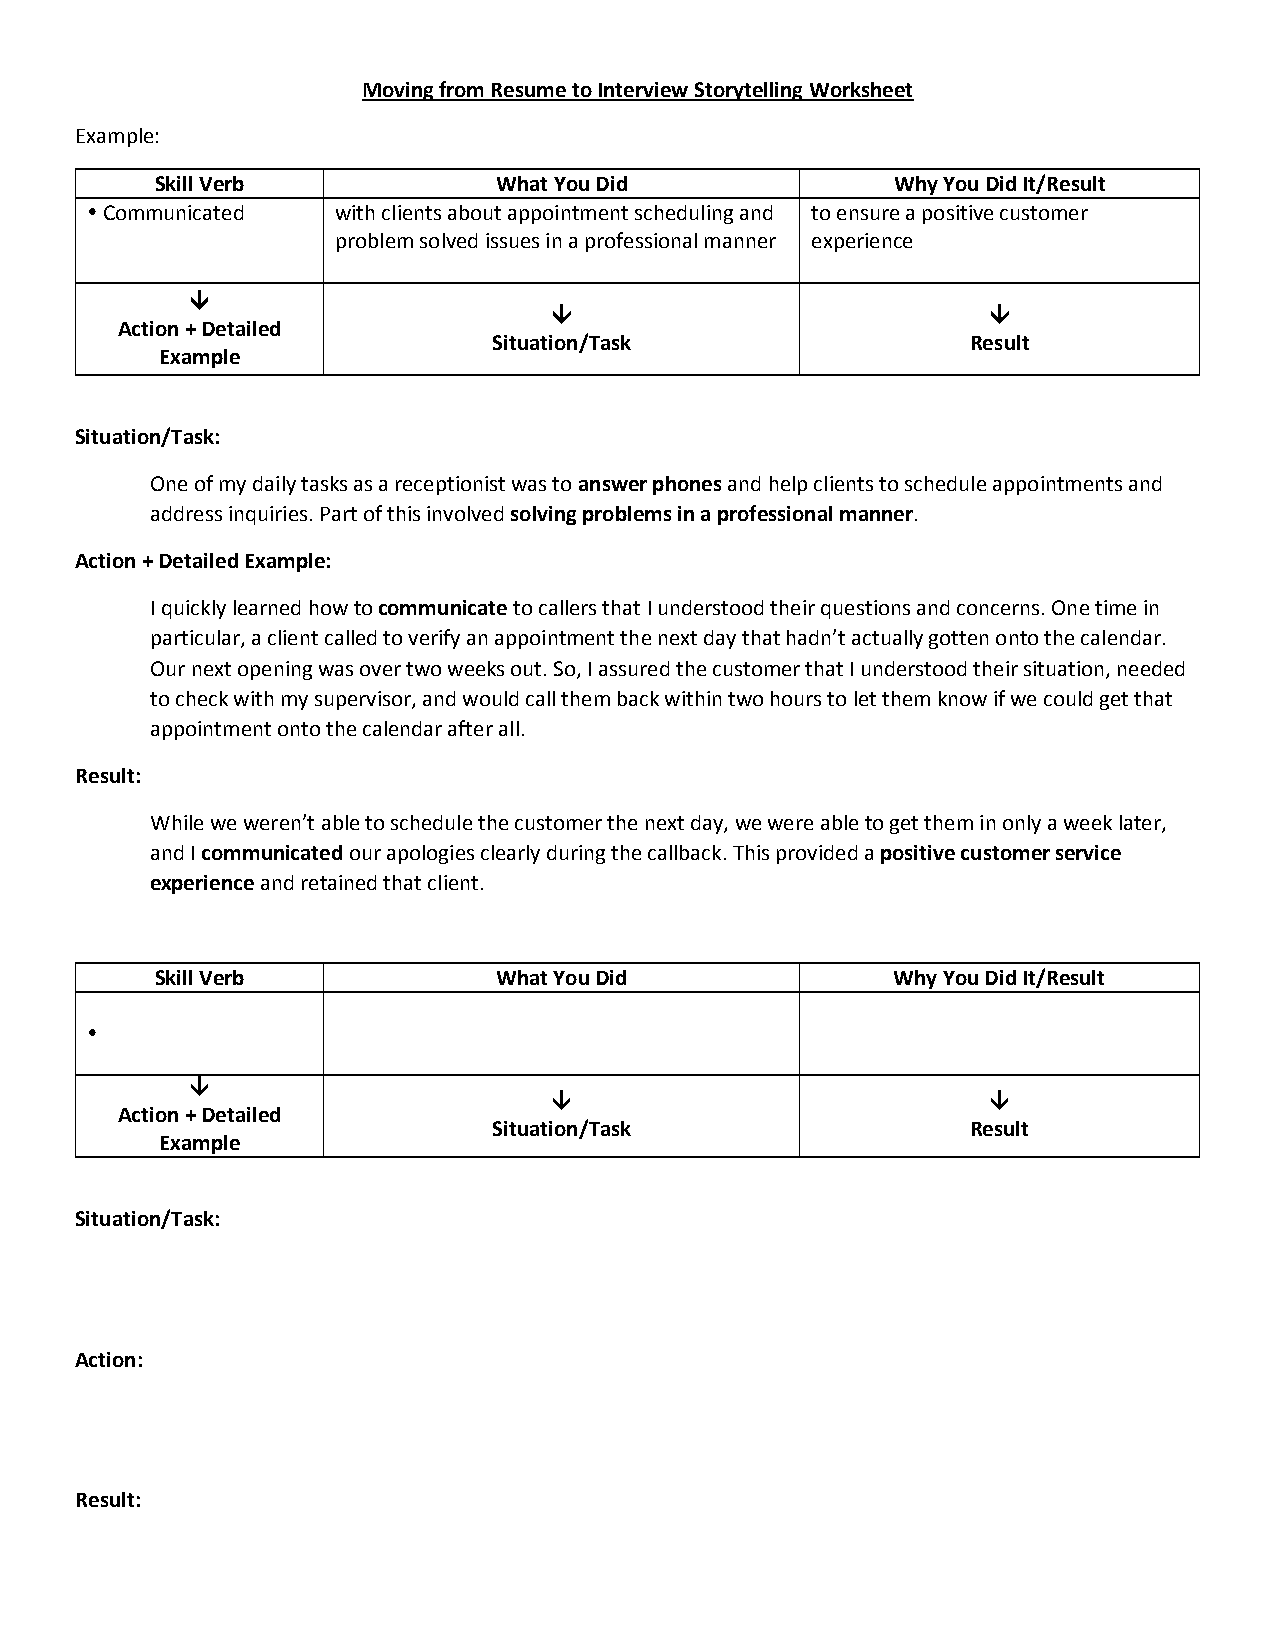
Moving from Resume to Interview Storytelling Worksheet
 Example:
 Skill Verb             What You Did              Why You Did It/Result
  Communicated  with clients about appointment scheduling and to ensure a positive customer
 problem solved issues in a professional manner experience
 
                             
 Action + Detailed
 Situation/Task                 Result
 Example
 Situation/Task:
 One of my daily tasks as a receptionist was to answer phones and help clients to schedule appointments and
 address inquiries. Part of this involved solving problems in a professional manner.
 Action + Detailed Example:
 I quickly learned how to communicate to callers that I understood their questions and concerns. One time in
 particular, a client called to verify an appointment the next day that hadn’t actually gotten onto the calendar.
 Our next opening was over two weeks out. So, I assured the customer that I understood their situation, needed
 to check with my supervisor, and would call them back within two hours to let them know if we could get that
 appointment onto the calendar after all.
 Result:
 While we weren’t able to schedule the customer the next day, we were able to get them in only a week later,
 and I communicated our apologies clearly during the callback. This provided a positive customer service
 experience and retained that client.
 Skill Verb             What You Did              Why You Did It/Result
 
 
                            
 Action + Detailed
 Situation/Task                 Result
 Example
 Situation/Task:
 Action:
 Result: